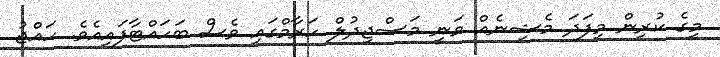
މީގެ ކުރިން މިފަދަ މެޝިނެއް ވަނީ މަސްޖިދުލް ހަރާމްގައި ވެސް ބަހައްޓާފައިއެވެ. ހައްޖު